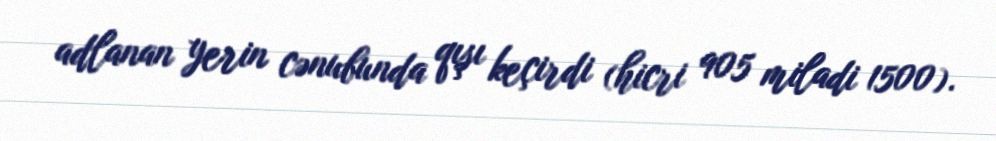
adlanan yerin cənubunda qışı keçirdi (hicri 905 miladi 1500).